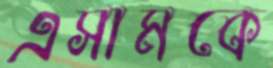
এসামকে